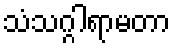
သံသဂ္ဂါရာမတာ